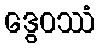
ဒွေဝဿံ